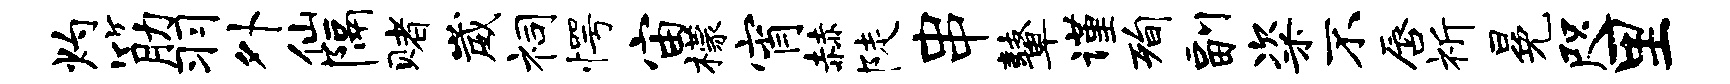
灼筋羽外仙隔赌崴祠愕宙檬宵赫陡串鼙谨洵副粢不唇祈冕咫里